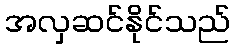
အလှဆင်နိုင်သည်